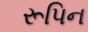
રૂપિન